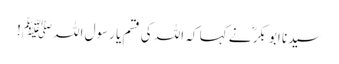
سیدنا ابو بکرؓ نے کہا کہ اللہ کی قسم یا رسول اللہﷺ!